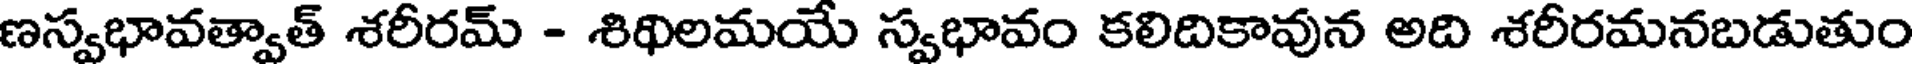
ణస్వభావత్వాత్ శరీరమ్ - శిథిలమయే స్వభావం కలిదికావున అది శరీరమనబడుతుం